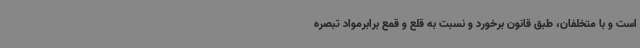
است و با متخلفان، طبق قانون برخورد و نسبت به قلع و قمع برابرمواد تبصره